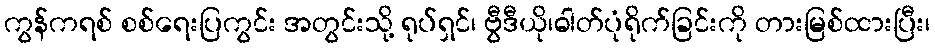
ကွန်ကရစ် စစ်ရေးပြကွင်း အတွင်းသို့ ရုပ်ရှင်၊ ဗွီဒီယို၊ဓါတ်ပုံရိုက်ခြင်းကို တားမြစ်ထားပြီး၊